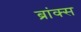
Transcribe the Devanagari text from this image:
ब्रांक्स